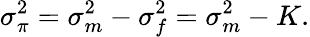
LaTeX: \sigma_{\pi}^{2}=\sigma_{m}^{2}-\sigma_{f}^{2}=\sigma_{m}^{2}-K.